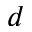
d